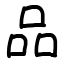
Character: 品